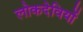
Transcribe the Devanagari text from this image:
लोकदेवियों